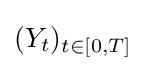
(Y_{t})_{t\in [0,T]}